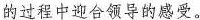
的过程中迎合领导的感受。